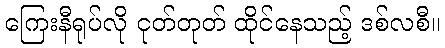
ကြေးနီရုပ်လို ငုတ်တုတ် ထိုင်နေသည့် ဒစ်လစီ။